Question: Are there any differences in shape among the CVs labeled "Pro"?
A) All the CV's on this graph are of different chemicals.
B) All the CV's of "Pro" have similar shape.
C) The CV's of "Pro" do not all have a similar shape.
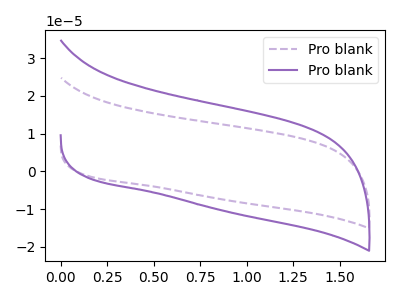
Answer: <think>The purple dashed curve "Pro blank1" has no peaks. The purple curve "Pro blank2" has no peaks.
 Neither "Pro blank1" or "Pro blank2" have any peaks.</think>
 <answer>B) All the CV's of "Pro" have similar shape.</answer>
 <eval>B</eval>